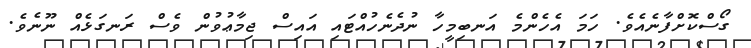
ގޯސްކޮށްފާނެއެވެ. ހަމަ އެހެންމެ އަނބިމީހާ ނުދެނެހުއްޓައި އައިސް ޖިމާޢުވުން ވެސް ރަނގަޅެއް ނޫނެވެ.